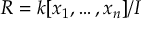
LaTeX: R = k [ x _ { 1 } , \ldots , x _ { n } ] / I